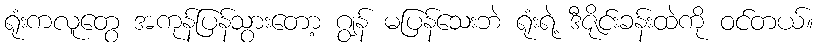
ရုံးကလူတွေ အကုန်ပြန်သွားတော့ ဂျွန် မပြန်သေးဘဲ ရုံးရဲ့ ဒီဇိုင်းခန်းထဲကို ဝင်တယ်။